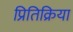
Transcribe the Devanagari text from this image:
प्रितिक्रिया